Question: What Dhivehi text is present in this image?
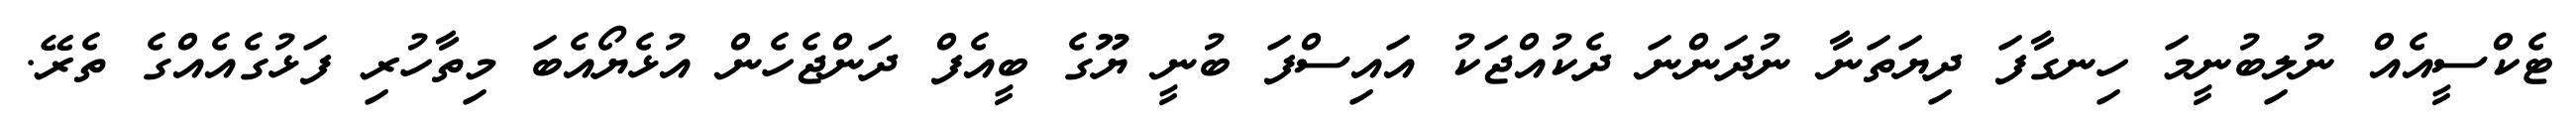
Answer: ޓެކްސީއެއް ނުލިބުނީމަ ހިނގާފަ ދިޔަތަނާ ނުދަންނަ ދެކުއްޖަކު އައިސްފަ ބުނީ ޔޫގެ ބީއެފް ދަންޖެހެން އުޅެޔޯއެބަ މިތާހުރި ފަޅުގެއެއްގެ ތެރޭ.